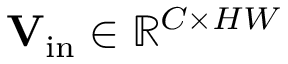
\mathbf { V } _ { \mathrm { i n } } \in \mathbb { R } ^ { C \times H W }